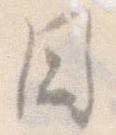
国